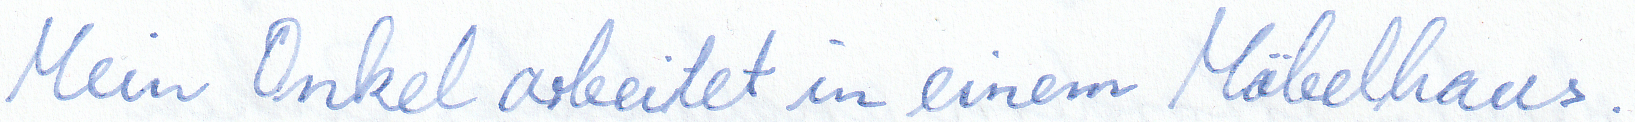
Mein Onkel arbeitet in einem Möbelhaus.